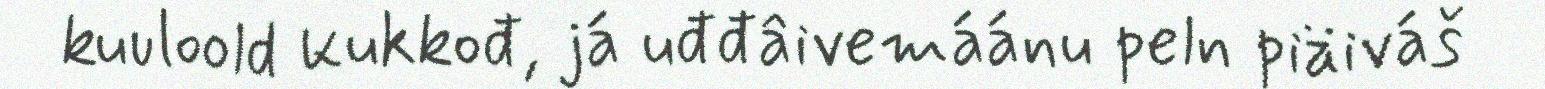
kuuloold kukkođ, já uđđâivemáánu peln piäiváš